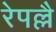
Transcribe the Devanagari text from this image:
रेपल्लै